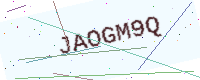
Text: JAOGM9Q